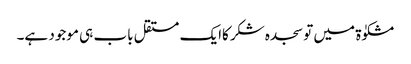
مشکوٰۃ میں تو سجدہ شکرکاایک مستقل باب ہی موجود ہے۔